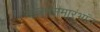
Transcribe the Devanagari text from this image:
भोजनसमारंभांत